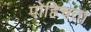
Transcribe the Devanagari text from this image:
पोहिचता